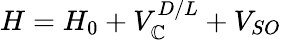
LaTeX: H=H_{0}+V_{\mathbb{C}}^{D/L}+V_{SO}